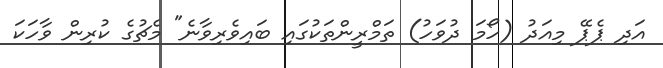
އަދި ޕެޕޭ މިއަދު (ހޯމަ ދުވަހު) ތަމްރީންތަކުގައި ބައިވެރިވާނެ" މެޗުގެ ކުރިން ވާހަކަ